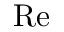
\mathrm { R e }